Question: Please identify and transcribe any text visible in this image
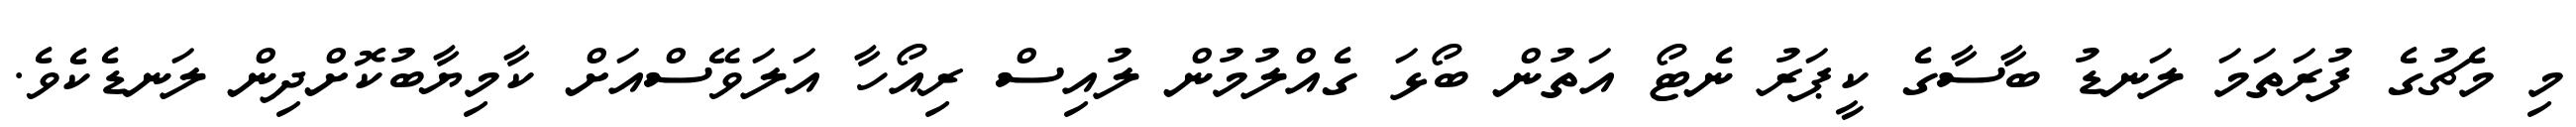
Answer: މި މެޗުގެ ފުރަތަމަ ލަނޑު ބާސާގެ ކީޕަރު ނެޓޯ އަތުން ބޯޅަ ގެއްލުމުން ލުއިސް ރިއޯހާ އަލަވޭސްއަށް ކާމިޔާބުކޮށްދިން ލަނޑެކެވެ.